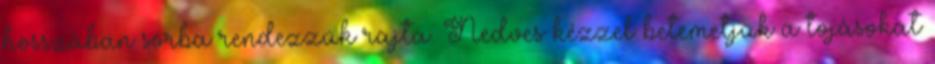
hosszában sorba rendezzük rajta. Nedves kézzel betemetjük a tojásokat